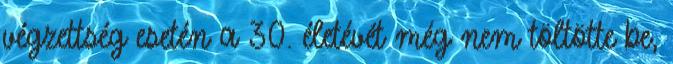
végzettség esetén a 30. életévét még nem töltötte be,